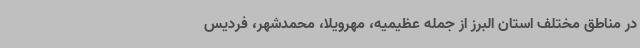
در مناطق مختلف استان البرز از جمله عظیمیه، مهرویلا، محمدشهر، فردیس